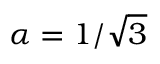
\alpha = 1 / \sqrt { 3 }